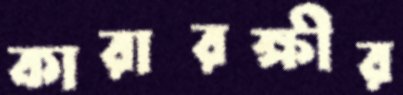
কারারক্ষীর